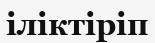
іліктіріп